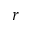
r